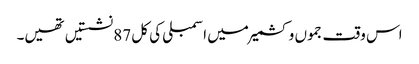
اس وقت جموں و کشمیر میں اسمبلی کی کل 87 نشستیں تھیں۔